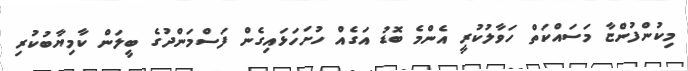
މިކުންފުންޏާ މަސައްކަތް ހަވާލުކުރީ އެންމެ ބޮޑު އަގެއް ހުށަހަޅައިގެން ފަސްމަންދުގެ ބީލަން ކާމިޔާބުކުރި